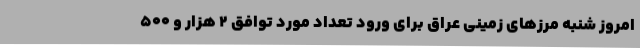
امروز شنبه مرزهای زمینی عراق برای ورود تعداد مورد توافق ۲ هزار و ۵۰۰